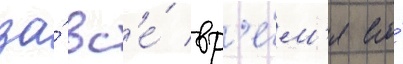
за́ вс'е́ вр'е́м'я его́